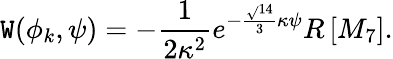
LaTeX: {\mathtt{W}(\phi_{k},\psi)=-\frac{{1}}{{2\kappa^{2}}}e^{-\frac{{\sqrt{}{{14}}}}{{3}}\kappa\psi}R\left[M_{7}\right].}